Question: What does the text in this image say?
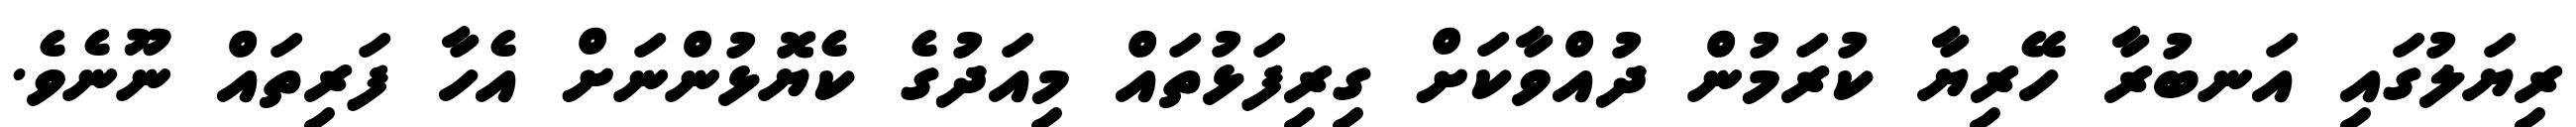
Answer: ރިޔަލުގައި އަނބުރާ ހޭރިޔާ ކުރަމުން ދުއްވާކަށް ގިރިފަޅުތައް މިއަދުގެ ކެޔޮޅުންނަށް އެހާ ފަރިތައް ނޫނެވެ.